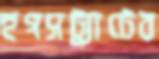
হগসট্র্যাটের